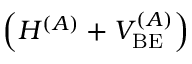
\left( H ^ { ( A ) } + V _ { \mathrm { B E } } ^ { ( A ) } \right)